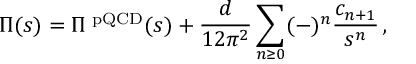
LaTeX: \Pi ( s ) = \Pi ^ { \mathrm { \scriptsize ~ p Q C D } } ( s ) + \frac { d } { 1 2 \pi ^ { 2 } } \sum _ { n \geq 0 } ( - ) ^ { n } \frac { c _ { n + 1 } } { s ^ { n } } \, ,